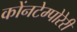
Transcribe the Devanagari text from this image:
कोंनटेम्पोरेरी